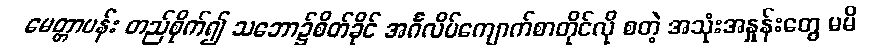
မေတ္တာပန်း တည်စိုက်၍ သဘော၌စိတ်ခိုင် အင်္ဂလိပ်ကျောက်စာတိုင်လို စတဲ့ အသုံးအနှုန်းတွေ မမိ